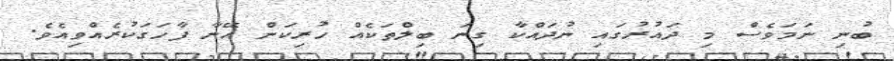
ބުނި ނަމަވެސް މި ދައުރުގައި ނުދައްކާ ގިނަ ބިލްތަކެއް ހުރިކަން އޭނާ ފާހަގަކުރެއްވިއެވެ.